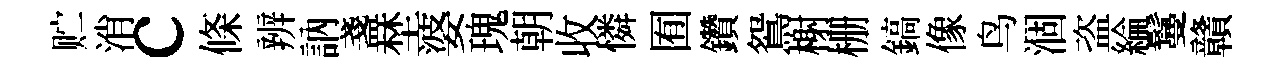
贮消c條辨訥盞埜婆瑰朝收憐囿鑽鴛榭栅鎬像鸟涸盗綸鬘贛